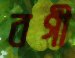
বগী